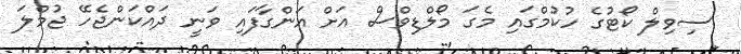
ސިވިލް ކޯޓުގެ ހުކުމްގައި މެގަ މޯލްޑިވްސް އަށް އަންގާފައި ވަނީ ދައްކަންޖެހޭ ޖުމްލަ